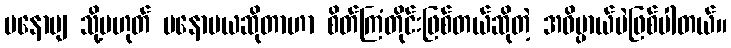
မနောမျ သို့မဟုတ် မနောမယဆိုတာဟာ စိတ်ကြံတိုင်းဖြစ်တယ်ဆိုတဲ့ အဓိပ္ပာယ်ပဲဖြစ်ပါတယ်။